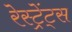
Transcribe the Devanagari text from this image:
रेस्ट्रेंट्स